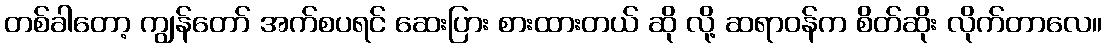
တစ်ခါတော့ ကျွန်တော် အက်စပရင် ဆေးပြား စားထားတယ် ဆို လို့ ဆရာဝန်က စိတ်ဆိုး လိုက်တာလေ။